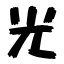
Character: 光